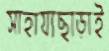
সাহায্যছাড়াই